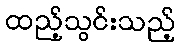
ထည့်သွင်းသည့်